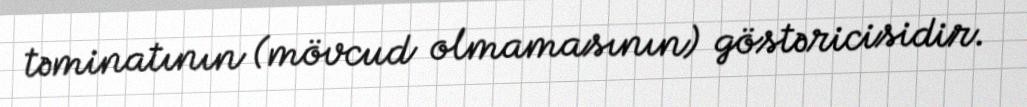
təminatının (mövcud olmamasının) göstəricisidir.